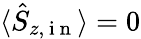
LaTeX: \langle\hat{S}_{z,\mathrm{~i~n~}}\rangle=0